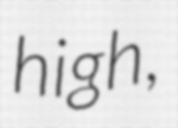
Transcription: high,